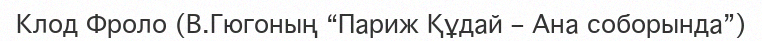
Клод Фроло (В.Гюгоның “Париж Құдай – Ана соборында”)